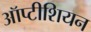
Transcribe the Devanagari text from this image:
ऑप्टीशियन